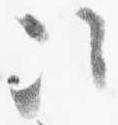
次